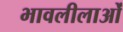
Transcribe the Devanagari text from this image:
भावलीलाओं